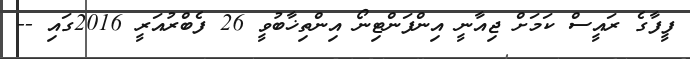
ފީފާގެ ރައީސް ކަމަށް ޖިއާނީ އިންފަންޓިނޯ އިންތިޚާބުވީ 26 ފެބްރުއަރީ 2016ގައި --